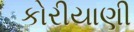
કોરીયાણી